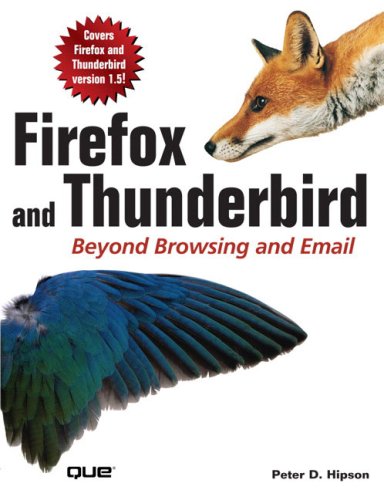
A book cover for Firefox and Thunderbird: Beyond Browsing and Email; Peter Hipson; Computers & Technology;